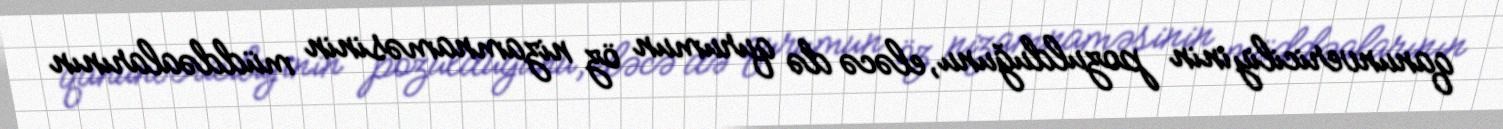
qanunvericiliyinin pozulduğunu, eləcə də qurumun öz nizamnaməsinin müddəalarının